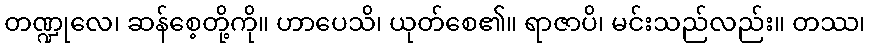
တဏ္ဍုလေ၊ ဆန်စေ့တို့ကို။ ဟာပေသိ၊ ယုတ်စေ၏။ ရာဇာပိ၊ မင်းသည်လည်း။ တဿ၊